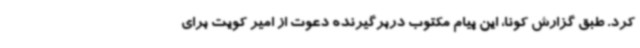
کرد. طبق گزارش کونا، این پیام مکتوب دربرگیرنده دعوت از امیر کویت برای